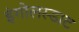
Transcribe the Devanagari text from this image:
इंगोलस्डाट